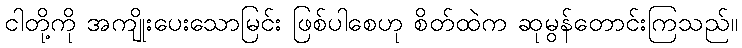
ငါတို့ကို အကျိုးပေးသောမြင်း ဖြစ်ပါစေဟု စိတ်ထဲက ဆုမွန်တောင်းကြသည်။